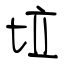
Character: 垃